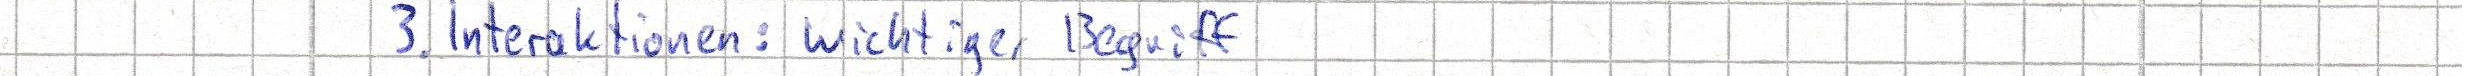
3. Interaktionen: wichtiger Begriff